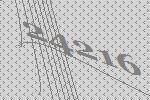
24216